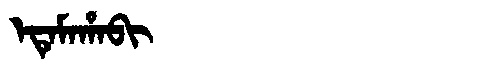
Manchu: ᡝᡨᡝᠮᠠᡥᠠᠪᡳ
Romanization: ETEMAHABI